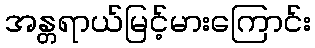
အန္တရာယ်မြင့်မားကြောင်း